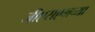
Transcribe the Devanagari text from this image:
जीएसएमच्या